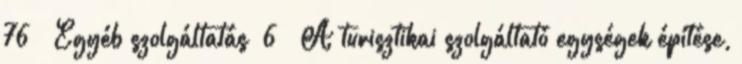
76 ▪„Egyéb szolgáltatás” 6 ▪„A turisztikai szolgáltató egységek építése,